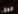
كوخ